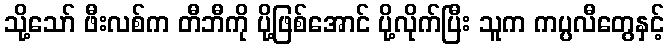
သို့သော် ဖီးလစ်က တီဘီကို ပို့ဖြစ်အောင် ပို့လိုက်ပြီး သူက ကပ္ပလီတွေနှင့်